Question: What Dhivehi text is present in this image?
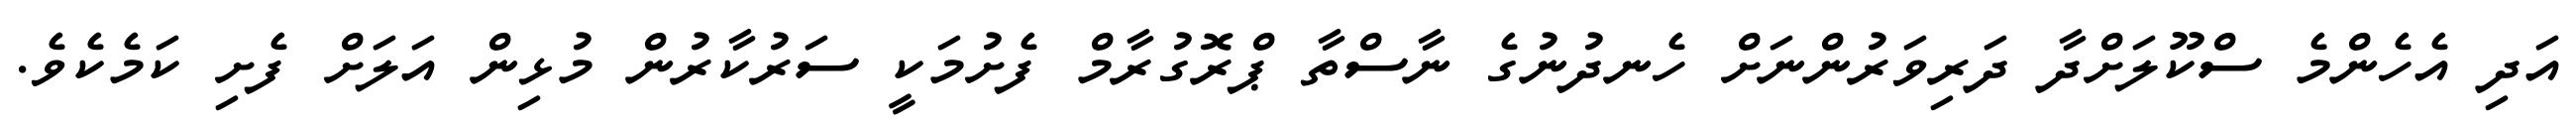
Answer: އަދި އެހެންމެ ސްކޫލަށްދާ ދަރިވަރުންނަށް ހެނދުނުގެ ނާސްތާ ޕްރޮގުރާމް ފެށުމަކީ ސަރުކާރުން މުޅިން އަލަށް ފެށި ކަމެކެވެ.